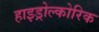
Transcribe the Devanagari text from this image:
हाइड्रोल्कोरिक